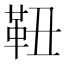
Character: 靵